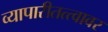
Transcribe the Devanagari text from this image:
व्यापारीतत्त्वावर